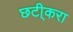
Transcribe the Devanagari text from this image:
छटी्करा